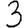
Digit: 3